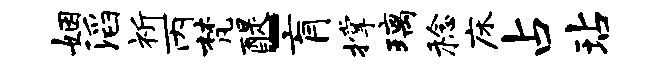
姻滔祈丙梵醍-肓撑璃稔床占玷